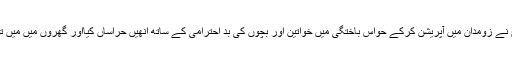
پاکستانی فوج نے زومدان میں آپریشن کرکے حواس باختگی میں خواتین اور بچوں کی بد احترامی کے ساتھ انھیں حراساں کیااور گھروں میں میں توڑ پھوڑ کی۔